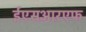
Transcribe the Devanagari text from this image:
ईएसआरएफ